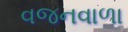
વજનવાળા